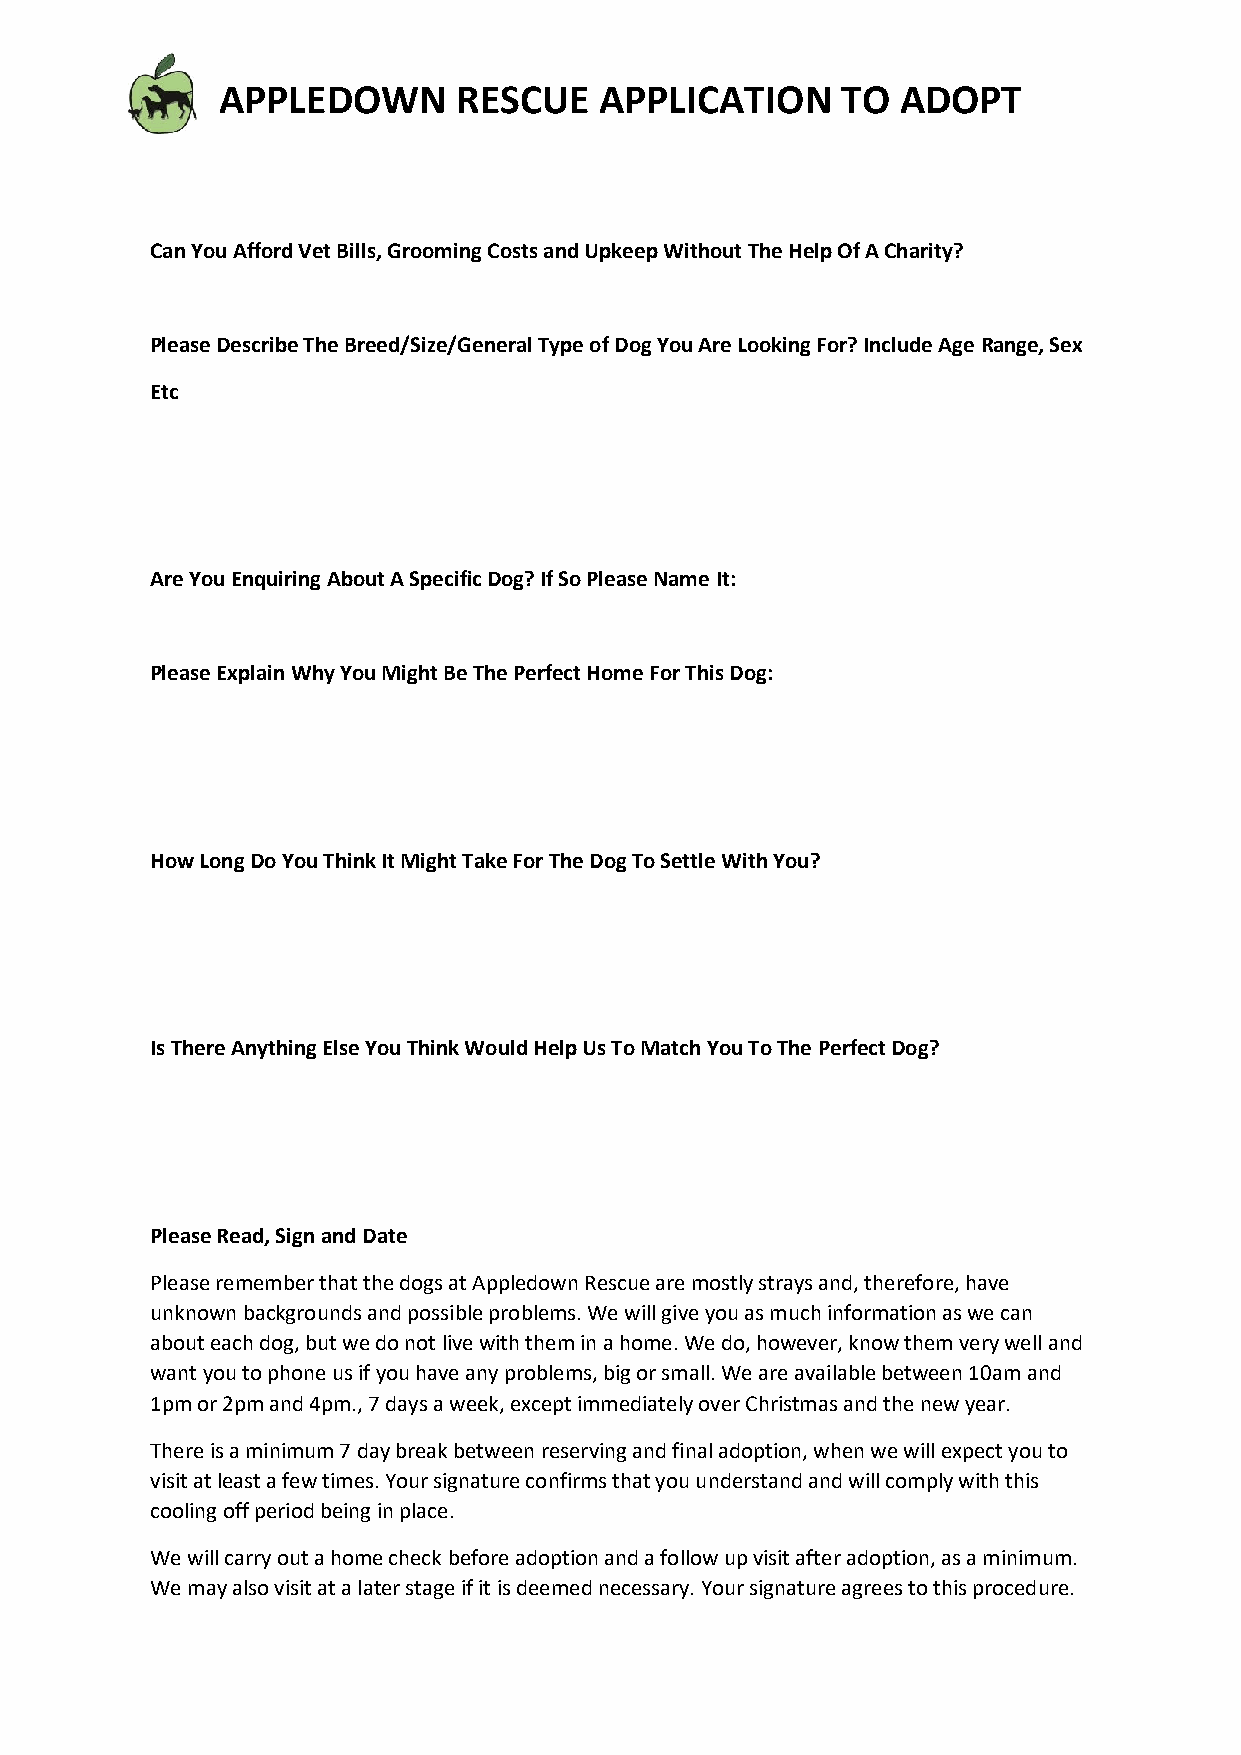
APPLEDOWN      RESCUE    APPLICATION     TO  ADOPT
 Can You Afford Vet Bills, Grooming Costs and Upkeep Without The Help Of A Charity?
 Please Describe The Breed/Size/General Type of Dog You Are Looking For? Include Age Range, Sex
 Etc
 Are You Enquiring About A Specific Dog? If So Please Name It:
 Please Explain Why You Might Be The Perfect Home For This Dog:
 How Long Do You Think It Might Take For The Dog To Settle With You?
 Is There Anything Else You Think Would Help Us To Match You To The Perfect Dog?
 Please Read, Sign and Date
 Please remember that the dogs at Appledown Rescue are mostly strays and, therefore, have
 unknown backgrounds and possible problems. We will give you as much information as we can
 about each dog, but we do not live with them in a home. We do, however, know them very well and
 want you to phone us if you have any problems, big or small. We are available between 10am and
 1pm or 2pm and 4pm., 7 days a week, except immediately over Christmas and the new year.
 There is a minimum 7 day break between reserving and final adoption, when we will expect you to
 visit at least a few times. Your signature confirms that you understand and will comply with this
 cooling off period being in place.
 We will carry out a home check before adoption and a follow up visit after adoption, as a minimum.
 We may also visit at a later stage if it is deemed necessary. Your signature agrees to this procedure.